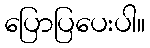
ပြောပြပေးပါ။